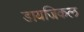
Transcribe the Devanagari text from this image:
डायजिकल